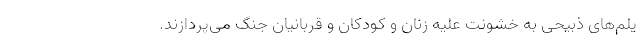
یلم‌های ذبیحی به خشونت علیه زنان و کودکان و قربانیان جنگ می‌پردازند.